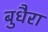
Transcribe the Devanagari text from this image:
बुधैरा